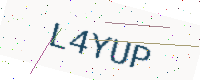
Text: L4YUP